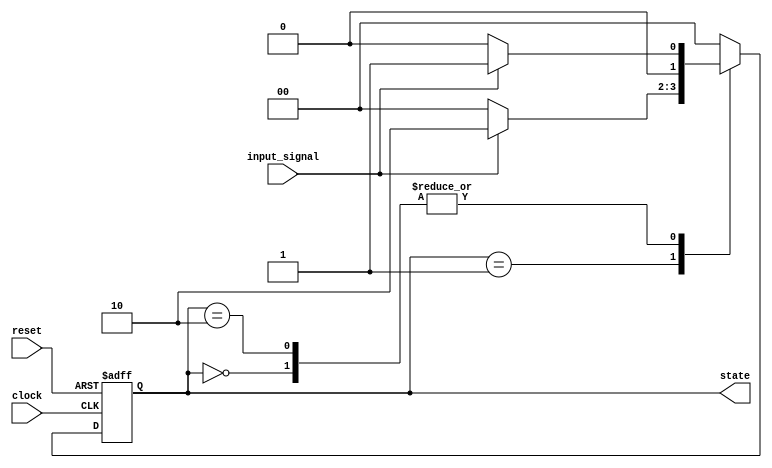
module fsm_example (
    input wire clock,         // Clock input
    input wire reset,         // Asynchronous reset input
    input wire input_signal,   // Input signal for state transition
    output reg [1:0] state    // 2-bit state output
);

// State encoding
localparam STATE_0 = 2'b00;
localparam STATE_1 = 2'b01;
localparam STATE_2 = 2'b10;

always @(posedge clock or posedge reset) begin
    if (reset) begin
        // Asynchronous reset: Initialize state to STATE_0
        state <= STATE_0;
    end else begin
        // State transitions based on input_signal
        case (state)
            STATE_0: begin
                if (input_signal) 
                    state <= STATE_1; // Transition to STATE_1
                else 
                    state <= STATE_0; // Stay in STATE_0
            end
            
            STATE_1: begin
                if (input_signal)
                    state <= STATE_2; // Transition to STATE_2
                else
                    state <= STATE_0; // Go back to STATE_0 if signal is low
            end
            
            STATE_2: begin
                if (input_signal)
                    state <= STATE_1; // Transition back to STATE_1
                else
                    state <= STATE_0; // Go back to STATE_0
            end
            
            default: state <= STATE_0; // Default case to avoid latches
        endcase
    end
end

endmodule